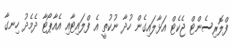
ފްލޮރިސެންޓް ޖެކެޓް އަޅާލައިގެން ހުދާ ނުކުތީ އެ ފްލައިޓާއި އެއާޕޯޓާ ދެމެދު ހިނގާ